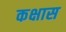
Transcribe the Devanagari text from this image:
कक्षास